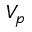
V _ { p }